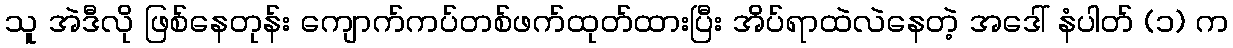
သူ အဲဒီလို ဖြစ်နေတုန်း ကျောက်ကပ်တစ်ဖက်ထုတ်ထားပြီး အိပ်ရာထဲလဲနေတဲ့ အဒေါ် နံပါတ် (၁) က